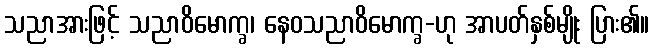
သညာအားဖြင့် သညာဝိမောက္ခ၊ နေဝသညာဝိမောက္ခ-ဟု အာပတ်နှစ်မျိုး ပြား၏။